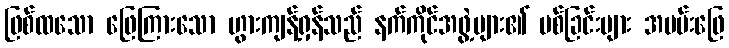
ဖြစ်ထသော ဖြေကြားသော ဟွားကျန့်ရှန်သည် နက်ကိုင်အဖွဲ့များ၏ ပစ်ခြင်းများ အပမ်းဖြေ